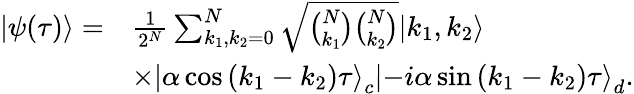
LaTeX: \begin{array}{rl}{|\psi(\tau)\rangle=}&{\frac{1}{2^{N}}\sum_{k_{1},k_{2}=0}^{N}\sqrt{\binom{N}{k_{1}}\binom{N}{k_{2}}}|k_{1},k_{2}\rangle}\\ &{\times\left|\alpha\cos\left(k_{1}-k_{2}\right)\tau\right\rangle_{c}\left|-i\alpha\sin\left(k_{1}-k_{2}\right)\tau\right\rangle_{d}.}\end{array}